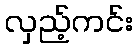
လှည့်ကင်း